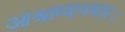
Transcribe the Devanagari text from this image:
आश्राम्यन्त्यत्र।